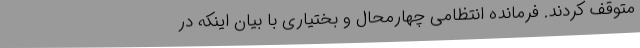
متوقف کردند. فرمانده انتظامی چهارمحال و بختیاری با بیان اینکه در